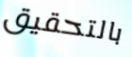
بالتحقيق